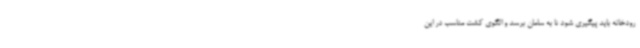
رودخانه باید پیگیری شود تا به سامان برسد و الگوی کشت مناسب در این